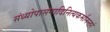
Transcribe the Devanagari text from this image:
संध्योपासनादिनित्यकर्मानन्तरं